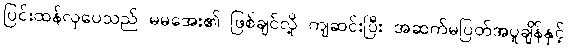
ပြင်းထန်လှပေသည် မမအေး၏ ဖြစ်ချင်လို့ ကျဆင်းပြီး အဆက်မပြတ်အပူချိန်နှင့်